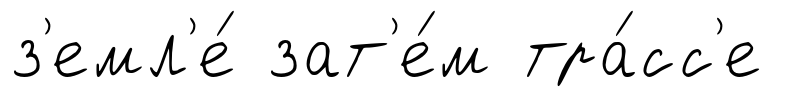
з'емл'е́ зат'е́м тра́сс'е